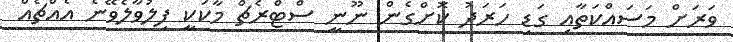
ވަރަށް މަސައްކަތާއި ގަޑި ހަރަދު ކޮށްގެން ނޫނީ ސްޓްރެޗް މާކަކީ ފިލުވާލެވޭނެ އެއްޗެއް